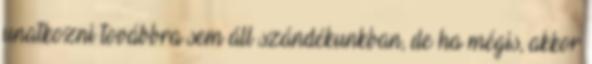
unatkozni továbbra sem áll szándékunkban, de ha mégis, akkor